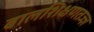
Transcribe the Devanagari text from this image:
बालशिक्षणतज्ज्ञ